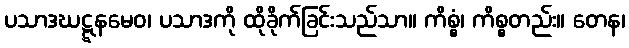
ပသာဒဃဋ္ဋနမေဝ၊ ပသာဒကို ထိုခိုက်ခြင်းသည်သာ။ ကိစ္စံ၊ ကိစ္စတည်း။ တေန၊